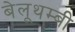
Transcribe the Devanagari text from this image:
बेलूथम्बी